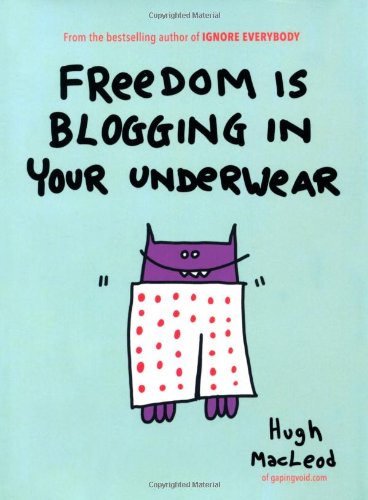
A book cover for Freedom Is Blogging in Your Underwear; Hugh MacLeod; Humor & Entertainment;